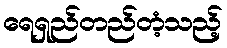
ရေရှည်တည်တံ့သည့်